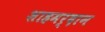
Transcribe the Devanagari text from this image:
शाहमर्दान